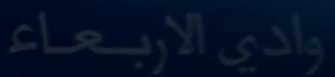
واديالأربعةاء